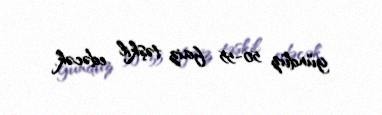
gündüz 50-55 faiz təşkil edəcək.